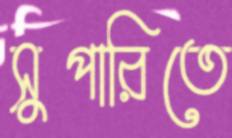
সুপারিতে